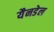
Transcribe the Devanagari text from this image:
यैनडेल